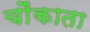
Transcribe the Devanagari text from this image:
चौंकाता